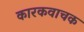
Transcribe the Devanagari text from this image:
कारकवाचक